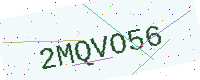
Text: 2MQVO56